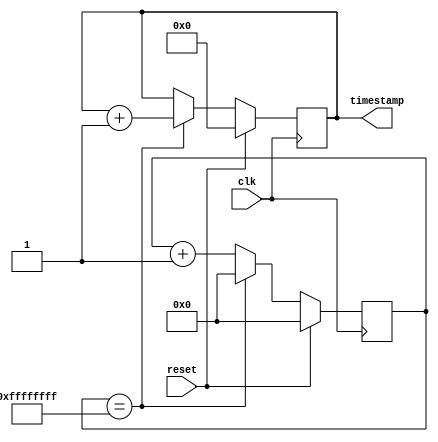
`timescale 1ns / 1ps
// Timestamp generator
// Generate a timestamp of width TIMESTAMP_WIDTH.
// Time unit it TIMESTAMP_UNIT * clock period
module timestamp_gen #(
    parameter TIMESTAMP_WIDTH = 5,
    parameter TIMESTAMP_UNIT_WIDTH = 32,
    parameter TIMESTAMP_UNIT = 1 << TIMESTAMP_UNIT_WIDTH
    )(
    input clk,
    input reset,
    
    output reg [TIMESTAMP_WIDTH-1:0] timestamp
    );
    
    reg [TIMESTAMP_UNIT_WIDTH-1:0] counter;

    always @(posedge clk) begin
        if (reset) begin
            timestamp <= 0;
            counter <= 0;
        end else begin
            if (counter == TIMESTAMP_UNIT - 1) begin
                timestamp <= timestamp + 1;
                counter <= 0;
            end else begin
                counter <= counter + 1;
            end
        end        
    end

endmodule